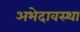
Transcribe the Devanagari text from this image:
अभेदावस्था